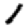
Digit: 1